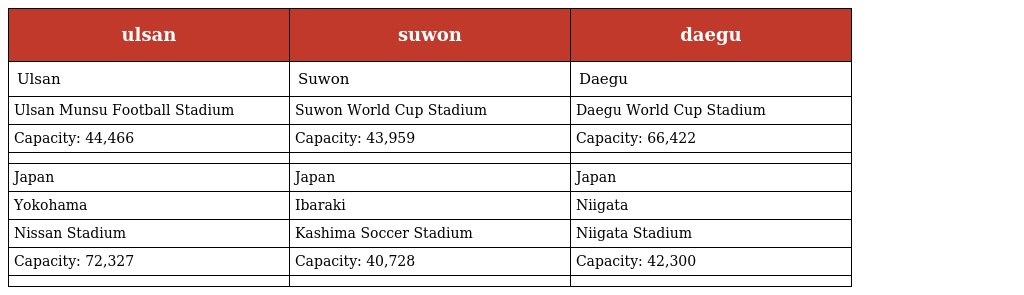
| ulsan | suwon | daegu |
 | --- | --- | --- |
 | Ulsan | Suwon | Daegu |
 | Ulsan Munsu Football Stadium | Suwon World Cup Stadium | Daegu World Cup Stadium |
 | Capacity: 44,466 | Capacity: 43,959 | Capacity: 66,422 |
 |  |  |  |
 | Japan | Japan | Japan |
 | Yokohama | Ibaraki | Niigata |
 | Nissan Stadium | Kashima Soccer Stadium | Niigata Stadium |
 | Capacity: 72,327 | Capacity: 40,728 | Capacity: 42,300 |
 |  |  |  |